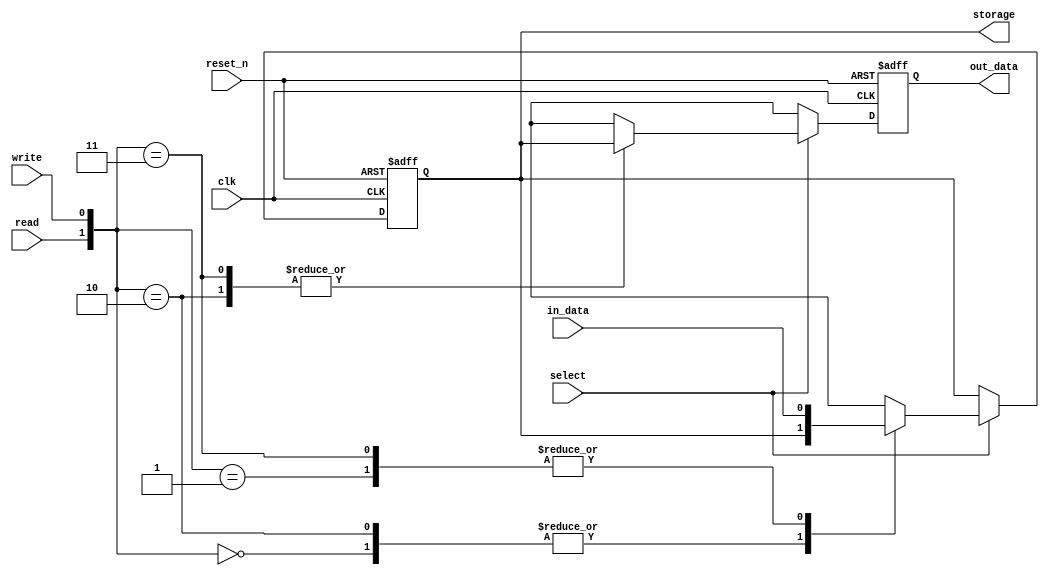
module memory_cell (               
input clk ,
input reset_n ,
input select ,
input write ,
input read ,
input in_data ,
output reg out_data ,
output storage
);

reg  D_stored  ;

always @ (posedge clk , negedge reset_n)
begin
  if (~reset_n)
     begin
       D_stored <= 1'bx  ;
       out_data <= 1'bx  ;
     end
     
  else if (select)
    begin
      case ({read , write})
        2'b00 :  
          begin
             D_stored <= D_stored ;
             out_data <= 1'bx ;
          end

        2'b01 :  
          begin
             D_stored <= in_data ;
             out_data <= 1'bx ;
          end

        2'b10 :  
          begin
             D_stored <= D_stored ;
             out_data <= D_stored ;
          end

        2'b11 :  
          begin
             D_stored <= in_data ;
             out_data <= D_stored ;
          end

        default : 
          begin
             D_stored <= D_stored ;
             out_data <= 1'bx ;
          end

      endcase
    end

  else 
    begin
     D_stored <= D_stored ;
     out_data <= 1'bx ;
    end
end

assign storage = D_stored ;

endmodule